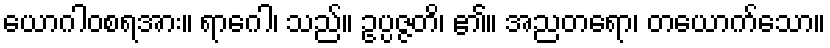
ယောဂါဝစရအား။ ရာဂေါ၊ သည်။ ဥပ္ပဇ္ဇတိ၊ ၏။ အညတရော၊ တယောက်သော။